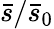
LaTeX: \bar{s}/\bar{s}_{0}